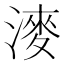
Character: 𣼊